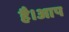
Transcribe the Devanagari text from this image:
है।आप